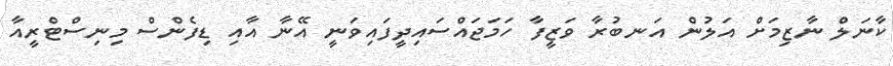
ކާނަލް ނާޒިމަށް އަލުން އަނބުރާ ވަޒީފާ ހަމަޖައްސައިދީފައިވަނީ އޭނާ އާއި ޑިފެންސް މިނިސްޓްރީއާ